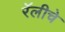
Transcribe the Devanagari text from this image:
रॅलीचे